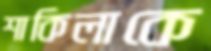
শাকিলাকে